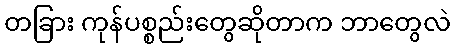
တခြား ကုန်ပစ္စည်းတွေဆိုတာက ဘာတွေလဲ